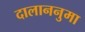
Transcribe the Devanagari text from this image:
दालाननुमा